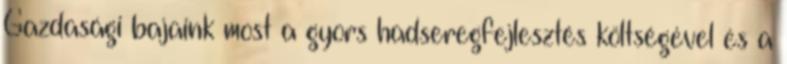
Gazdasági bajaink most a gyors hadseregfejlesztés költségével és a